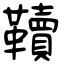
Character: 韇